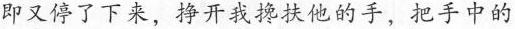
即又停了下来，挣开我搀扶他的手，把手中的